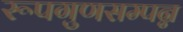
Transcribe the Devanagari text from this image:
रूपगुणसम्पन्न